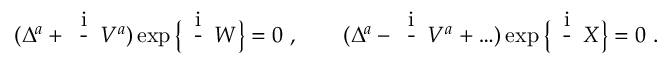
( \Delta ^ { a } + \mathrm { \Large ~ \frac { i } { \hbar } ~ } V ^ { a } ) \exp \big \{ \mathrm { \Large ~ \frac { i } { \hbar } ~ } W \big \} = 0 ~ , \qquad ( \Delta ^ { a } - \mathrm { \Large ~ \frac { i } { \hbar } ~ } V ^ { a } + \ldots ) \exp \big \{ \mathrm { \Large ~ \frac { i } { \hbar } ~ } X \big \} = 0 ~ .